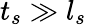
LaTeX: t_{s}\gg l_{s}